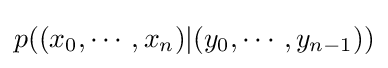
p((x_{0},\cdots ,x_{n})|(y_{0},\cdots ,y_{n-1}))